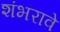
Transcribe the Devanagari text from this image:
शंभरावे